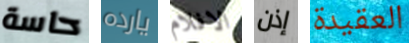
حاسة يارده الافلام إذن العقيدة